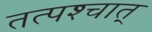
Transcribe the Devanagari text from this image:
तत्‍पश्‍चात्